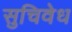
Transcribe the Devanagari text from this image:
सुचिवेध